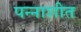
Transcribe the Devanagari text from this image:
पन्नाशीत